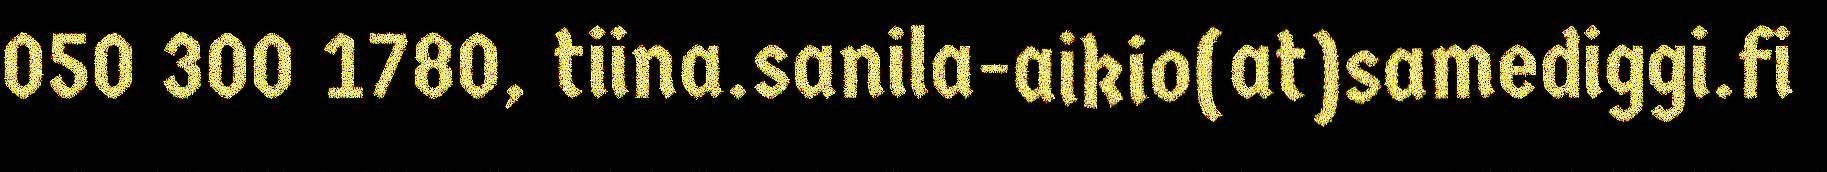
050 300 1780, tiina.sanila-aikio(at)samediggi.fi